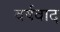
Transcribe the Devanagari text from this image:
वर्षवाद